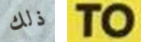
ذلك TO